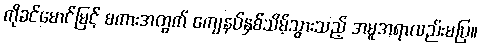
ကိုခင်မောင်မြင့် စကားအတွက် ကျေနပ်နှစ်သိမ့်သွားသည့် အမူအရာလည်းမပြ။